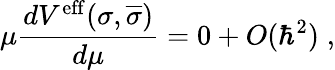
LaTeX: \mu\frac{dV^{\mathrm{eff}}(\sigma,\overline{{{\sigma}}})}{d\mu}=0+O(\hbar^{2})\; ,